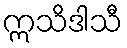
ဣသိဒါသီ